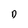
Character: D